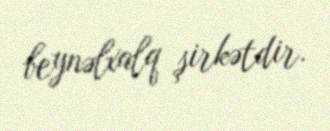
beynəlxalq şirkətdir.